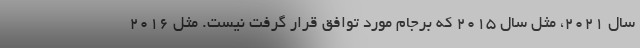
سال ۲۰۲۱، مثل سال ۲۰۱۵ که برجام مورد توافق قرار گرفت نیست. مثل ۲۰۱۶